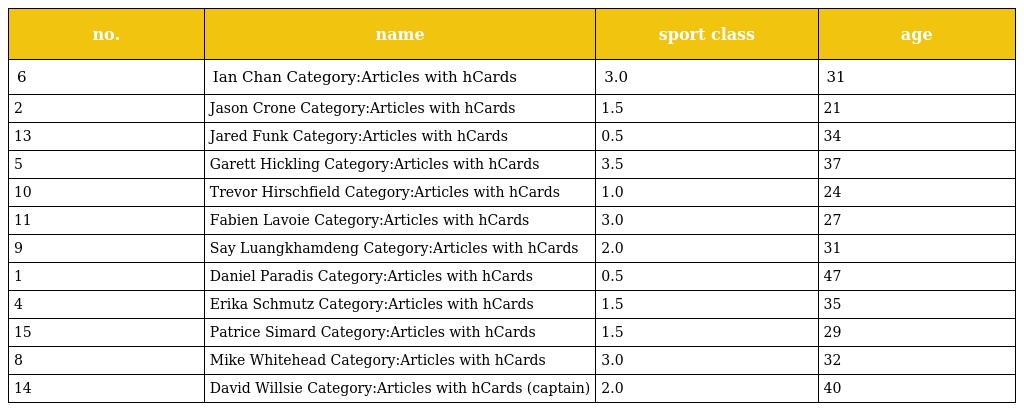
| no. | name | sport class | age |
 | --- | --- | --- | --- |
 | 6 | Ian Chan Category:Articles with hCards | 3.0 | 31 |
 | 2 | Jason Crone Category:Articles with hCards | 1.5 | 21 |
 | 13 | Jared Funk Category:Articles with hCards | 0.5 | 34 |
 | 5 | Garett Hickling Category:Articles with hCards | 3.5 | 37 |
 | 10 | Trevor Hirschfield Category:Articles with hCards | 1.0 | 24 |
 | 11 | Fabien Lavoie Category:Articles with hCards | 3.0 | 27 |
 | 9 | Say Luangkhamdeng Category:Articles with hCards | 2.0 | 31 |
 | 1 | Daniel Paradis Category:Articles with hCards | 0.5 | 47 |
 | 4 | Erika Schmutz Category:Articles with hCards | 1.5 | 35 |
 | 15 | Patrice Simard Category:Articles with hCards | 1.5 | 29 |
 | 8 | Mike Whitehead Category:Articles with hCards | 3.0 | 32 |
 | 14 | David Willsie Category:Articles with hCards (captain) | 2.0 | 40 |